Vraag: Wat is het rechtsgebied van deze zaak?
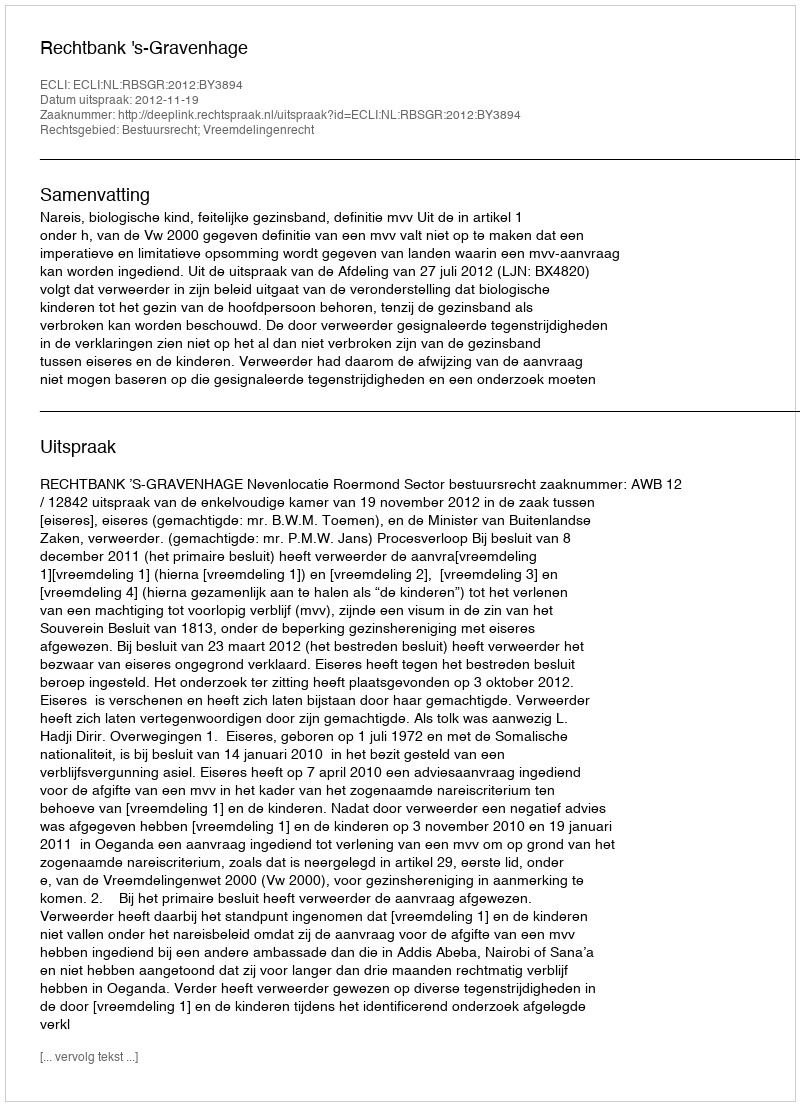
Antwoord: Bestuursrecht; Vreemdelingenrecht